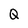
Character: Q